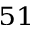
^ { 5 1 }